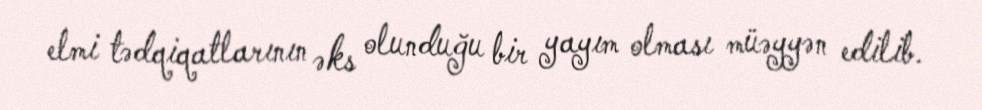
elmi tədqiqatlarının əks olunduğu bir yayım olması müəyyən edilib.